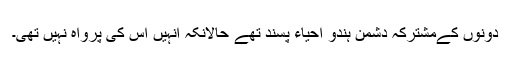
دونوں کےمشترکہ دشمن ہندو احیاء پسند تھے حالانکہ انہیں اس کی پرواہ نہیں تھی۔